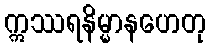
ဣဿရနိမ္မာနဟေတု